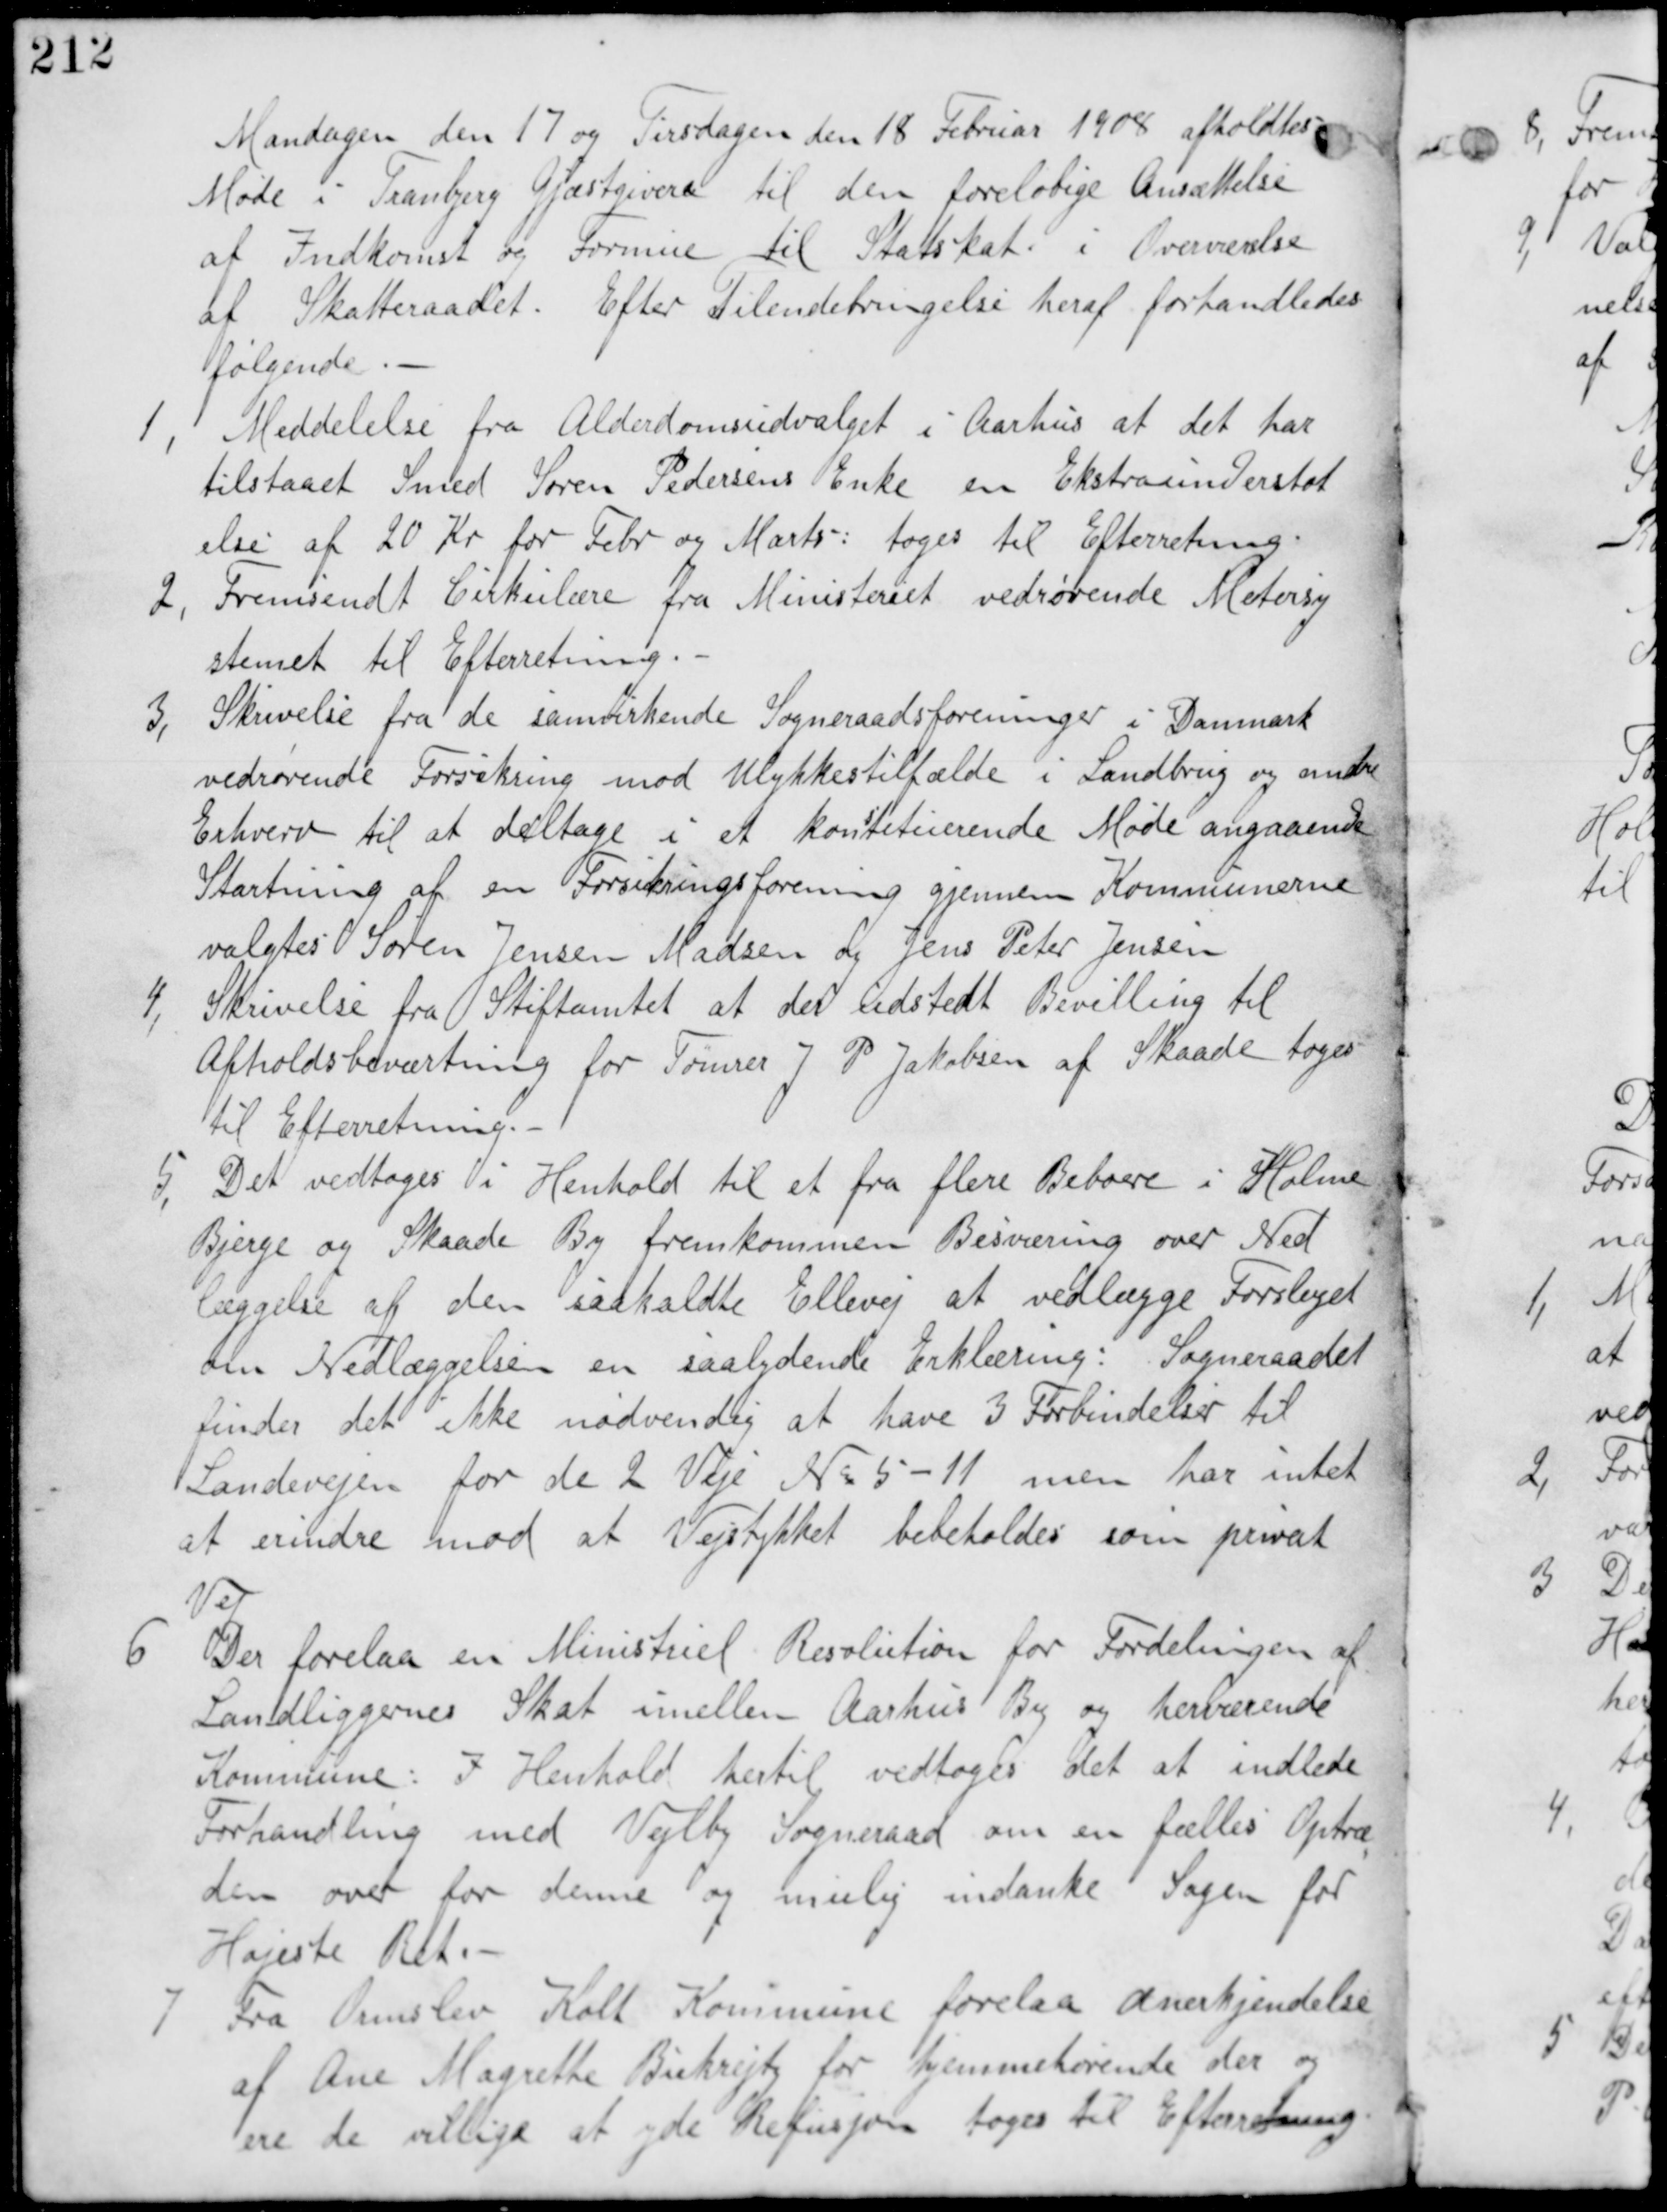
Transskription:
Mandagen den 17 og Tirsdagen den 18 Februar 1908 afholdes
Møde i Tranbjerg Gjæstgiveri til den foreløbige Ansættelse
af Indkomst og Fornue til Statsskat i Overværelse
af Skatteraadet. Efter Tilendebringelse heraf forhandledes
følgende.

1, Meddelelse fra Alderdomsudvalget i Aarhus at det har
tilstaaet Smed Søren Pedersens Enke en Ekstraunderstøt
else af 20 Kr for Febr og Marts: tages til Efterretning.

2, Fremsendt Cirkulære fra Ministeriet vedrørende Metersy
stemet til Efterretning

3, Skrivelse fra de samvirkende Sogneraadsforeninger i Danmark
vedrørende Forsikring mod Ulykkestilfælde i Landbrug og andre
Erhverv til at deltage i et kon
s
tituerende Møde angaaende
Startning af en Forsikringsforening gjennem Kommunerne
valgtes Sørren Jensen Madsen og Jens Peter Jensen.

4, Skrivelse fra Stiftamtet at der udstedt Bevilling til
Afholdsbeværtning for Tømrer P Jakobsen af Skaade tages
til Efterretning.

5, Det vedtages i Henhold til et fra flere beboere i Holme
Bjerge og Skaade By fremkommen Besværing over Ned
læggelse af den saakaldte Ellevej at vedlægge Forslaget
om Nedlæggelsen en saalydende Erklæring: Sogneraadet
finder det ikke nødvendig at have 3 Forbindelser til
Landevejen for dem 2 Veje Nr 5-11 men har intet
at erindre mod at Vejstykket bibeholdes som privat
Vej.

6 Der forelaa en Ministeriel Resolution for Fordelingen af
Landliggernes Skat imellem Aarhus By og herværende
Kommune: I henhold hertil vedtages det at indlede
Forhandling med Vejlby Sogneraad om en fælles Optræ
den over for denne og mulig indanke Sagen for
Højeste Ret.

7 Fra Ormslev Kolt Kommune forelaa anerkjendelse
af Ane Magrethe Bukrejts for hjemmehørende der og
ere de villige at yde Refusion tages til Efterretning.